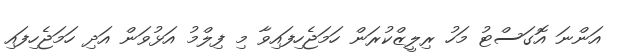
އަންނަ އޮގަސްޓު މަހު ރިލީޒްކުރަން ހަމަޖެހިފައިވާ މި ފިލްމު އަޅުވަން އަދި ހަމަޖެހިފައި